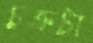
চক্রটা